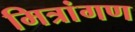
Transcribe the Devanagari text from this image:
मित्रांगण